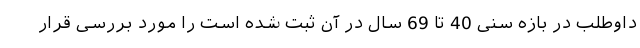
داوطلب در بازه سنی 40 تا 69 سال در آن ثبت شده است را مورد بررسی قرار